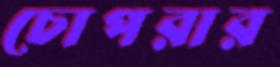
চোপরার